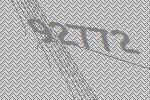
92772